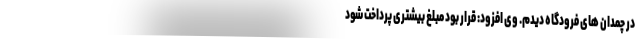
در چمدان های فرودگاه دیدم. وی افزود: قرار بود مبلغ بیشتری پرداخت شود